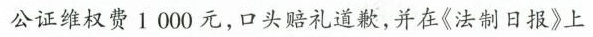
公证维权费1000元，口头赔礼道歉，并在《法制日报》上